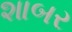
શાબર